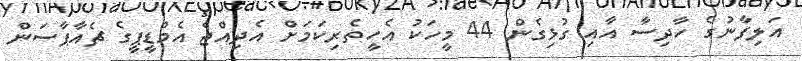
އަލިފާނުގެ ހާދިސާ އާއި ގުޅިގެން 44 މީހަކު އެހީތެރިކަމަށް އެދިއްޖެ އެމްޑީޕީގެ ޗެއާޕާސަން